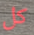
كل